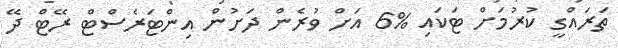
ތަރައްގީ ކުރުމަށް ޓަކައި %6 އަށް ވުރެން ދަށުން އިންޓަރެސްޓް ރޭޓް ދޭ